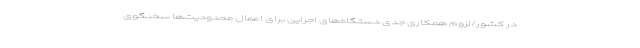
در کشور/لزوم همکاری جدی دستگاه‌های اجرایی برای اعمال محدودیت‌ها سخنگوی